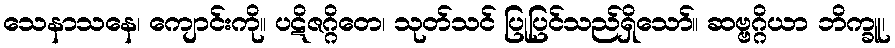
သေနာသနေ၊ ကျောင်းကို။ ပဋိဇဂ္ဂိတေ၊ သုတ်သင် ပြုပြင်သည်ရှိသော်။ ဆဗ္ဗဂ္ဂိယာ ဘိက္ခူ၊